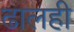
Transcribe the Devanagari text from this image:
ढालही